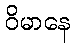
ဝိမာနေ